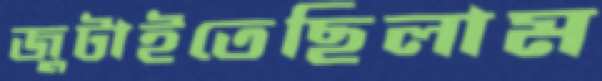
জুটাইতেছিলাম